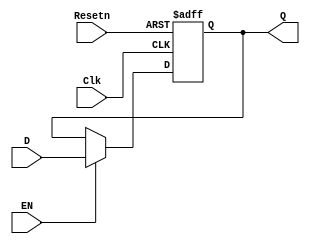
module register (Clk, D, EN, Resetn, Q);
    input Clk, EN, Resetn;
    input [7:0] D;
    output [7:0] Q;
    reg [7:0] Q;

    always @(posedge Clk or negedge Resetn) begin
        if (!Resetn) begin
            Q <= 0;
        end
        else begin
            if (EN) begin
                Q <= D;
            end
        end
    end
endmodule

module mux_8bit_5to1 (S, R0, R1, R2, R3, DIN, OUT);
    input [4:0] S;
    input [7:0] R0, R1, R2, R3, DIN;
    output [7:0] OUT;

    assign OUT = 
        (S == 5'b00001) ? R0 : (
        (S == 5'b00010) ? R1 : (
        (S == 5'b00100) ? R2 : (
        (S == 5'b01000) ? R3 : (
        (S == 5'b10000) ? DIN : 8'bxxxx_xxxx))));
endmodule

module register_of_processor (Clk, S, R0in, R1in, R2in, R3in, DIN, Resetn, OUT_R0, OUT_R1, OUT_R2, OUT_R3, Bus);
    input Clk, R0in, R1in, R2in, R3in, Resetn;
    input [4:0] S;
    input [7:0] DIN;
    output [7:0] OUT_R0, OUT_R1, OUT_R2, OUT_R3, Bus;
    wire [7:0] IN_R0, IN_R1, IN_R2, IN_R3, OUT_R0, OUT_R1, OUT_R2, OUT_R3, OUT_MUX;

    register R0(Clk, IN_R0, R0in, Resetn, OUT_R0);
    register R1(Clk, IN_R1, R1in, Resetn, OUT_R1);
    register R2(Clk, IN_R2, R2in, Resetn, OUT_R2);
    register R3(Clk, IN_R3, R3in, Resetn, OUT_R3);
    mux_8bit_5to1 MUX(S, OUT_R0, OUT_R1, OUT_R2, OUT_R3, DIN, OUT_MUX);
    assign IN_R0 = OUT_MUX;
    assign IN_R1 = OUT_MUX;
    assign IN_R2 = OUT_MUX;
    assign IN_R3 = OUT_MUX;
    assign Bus = OUT_MUX;
endmodule